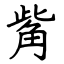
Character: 觜